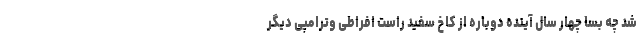
شد چه بسا چهار سال آینده دوباره از کاخ سفید راست افراطی وترامپی دیگر